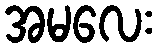
အမလေး